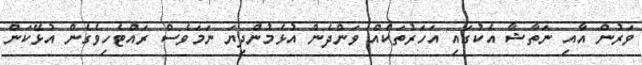
ވަރުން އާއި ނަތާޝާ އެކުގައި އަހަރުތަކެއް ވަންދެން އުޅެމުންދިޔަ ނަމަވެސް ރައްޓެހިވެގެން އުޅޭކަން